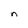
Character: n